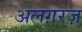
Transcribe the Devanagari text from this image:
अलग़रज़